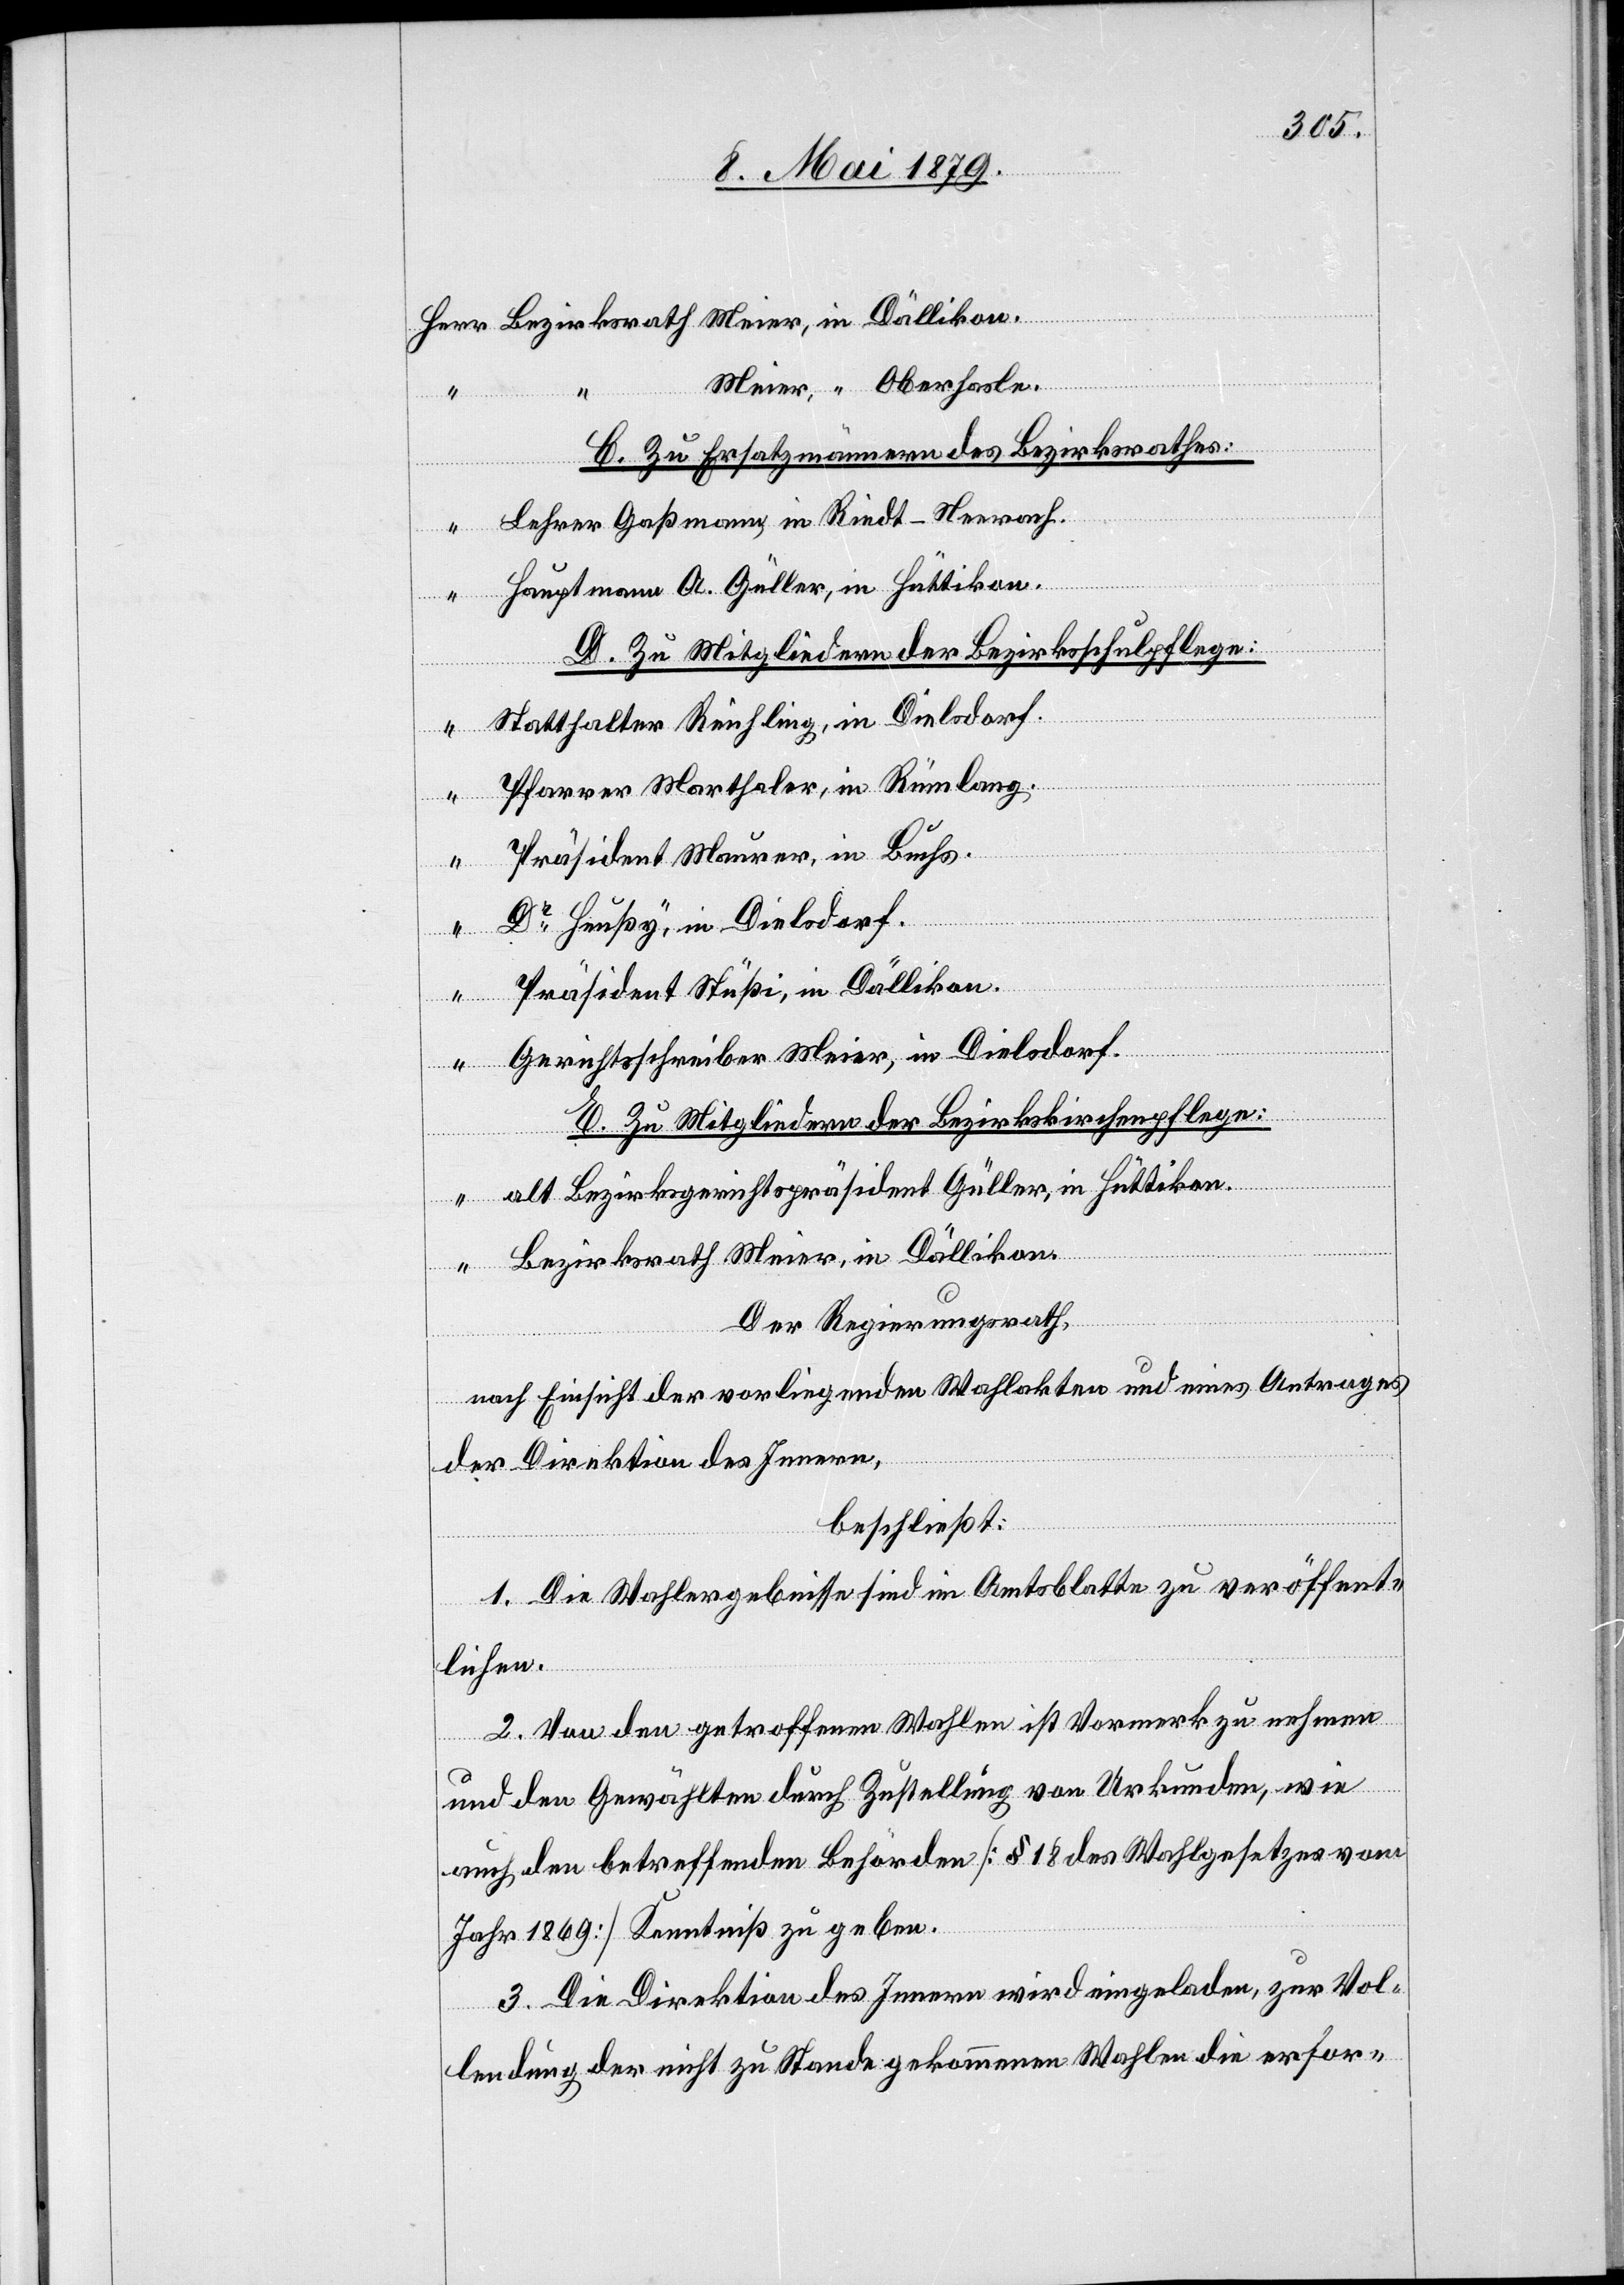
Meier, “ Oberhasle.
C. Zu Ersatzmännern des Bezirksrathes:
Lehrer Gaßmann, in Riedt - Neerach.
Hauptmann A. Güller, in Hüttikon.
D. Zu Mitgliedern der Bezirksschulpflege:
Statthalter Reichling, in Dielsdorf.
Pfarrer Marthaler, in Rümlang.
Präsident Maurer, in Buchs.
Dr Heußy, in Dielsdorf.
“
Präsident Stüßi, in Dällikon.
Gerichtsschreiber Meier, in Dielsdorf.
E. Zu Mitgliedern der Bezirkskirchenpflege:
alt Bezirksgerichtspräsident Güller, in Hüttikon.
Bezirksrath Meier, in Dällikon
Der Regierungsrath,
nach Einsicht der vorliegenden Wahlakten und eines Antrages
der Direktion des Innern,
beschließt:
1. Die Wahlergebnisse sind im Amtsblatte zu veröffent¬
lichen.
2. Von den getroffenen Wahlen ist Vormerk zu nehmen
und den Gewählten durch Zustellung von Urkunden, wie
auch den betreffenden Behörden [§ 18 des Wahlgesetzes vom
Jahr 1869] Kenntniß zu geben.
3. Die Direktion des Innern wird eingeladen, zur Vol¬
lendung der nicht zu Stande gekommenen Wahlen die erfor-